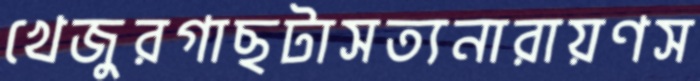
খেজুরগাছটাসত্যনারায়ণস